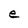
Character: e